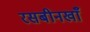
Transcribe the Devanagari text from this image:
रसबीनखाँ